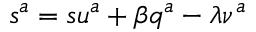
s ^ { a } = s u ^ { a } + \beta q ^ { a } - \lambda \nu ^ { a }